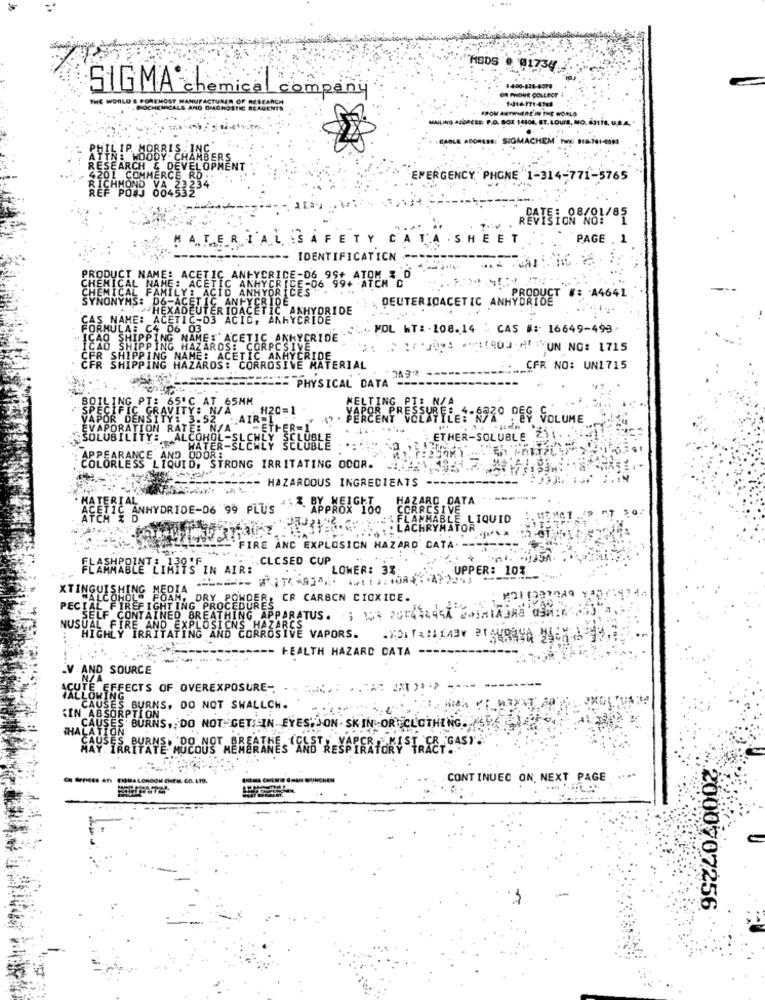
MSDS 0 01734
SIGMA chemical company
DA PHONE COLLECT
ACTURES OF RESEARCH
1-416-771 4141
STIE REAGENTS
FROM ANYWHERE IN THE WORLD
MAILING ADDRESS: P.O. BOX 15106. ST. LOUIS, MO. éstit, U.S.A."
conESS: SIGMACHEM' no Haier-4M
MOODY. CHAMBERS
EARCH & DEVELOPMENT
I COMMERCE
EMERGENCY PHONE 1-314-771-5765
HMOND
ʼõô
RESTE: 08/01/85
MATERIAL
AF
TY
. SHEET
PAGE . 1
IDENTIFICATICN --
PRODUCT NAME: ACETIC ANFYCRIDE-06 99
E-06,9St
CHEMICAL NAME: ACETIC ANHYCRICE-06 9
CHEMICAL FAMILY: ACID ANHYDRICES
NAH
ACID ANI
C ANHY
SYNONYMS: D6-ACETIC ANFYCRIDE
DEUTERIOACETIC ANHYDRIDE
PRODUCT #: - A4641
STIC. ANTYER
TER IDA
iČ A
DRIDE
CAS NAME: ACETIC-D3 ACID, ANHYDRIDE
FORMULA: C4 06 03
MOL WT: 108.14 : CAS #: 16649-493
AME :" ACETIC
NKYCRIDE
ICAO SHIPPING HAZARDS: CORPOSIVE
REJON ATIROUHUN NO: 1715
CER SHE
SHI
ME: ACETIC
PING
AZARDS: CORROSIVE MATERIAL
._ CFR NO: UN1715
PHYSICAL DATA
T: 65 ℃ AT 65NM
MELTING PTE
ÇİFIC GRAVITY:
Y: N/A
H20=1
OR P
POR DENS
3.52
: AIR
PERCENT
ATILE :- 49ZO DES SOLUME
APORATIO
OLUBIL
İTY ...
„ÜBLE
ETHER-SOLUBLE
BESLEMEY SE
APPEARANCE AND ODORE
COLORLESS LIQUID, STRONG IRRITATING OCOR.
HAZARDOUS INGREDIENTS
ZARD DATA
AGENIC ANHYDRIDE-06 99 PLUS
APPROX 100
LIQUID
LACHRYMATOR
- FIRE ANC EXPLOSION HAZARD CATA. ---
E :. CLOSED CUP
FLAMMABLE LIMITS IN AIR:
LOWER: 37
UPPER: 10%
XTINGUISHING MEDIA
CR CARBON CIOXIDE.
PECIAL FIREFIGHTING PROCEDURE
SELF CONTAINED BREATHING AF
PARATUS. .; 104 2U1448
NUSUAL FIRE AND EXPLOSIONS HAZARCS
HIGHLY IRRITATING AND CORROSIVE VAPORS.
HEALTH HAZARD DATA
.V AND SOURCE
UTE EFFECTS OF OVEREXPOSURE -.
IALLOWING
CAUSES
BURNS, DO NOT SHALLCH.
CIN ABSORPTION
CAUSES BU
CAUS
$ BURNS, DO NOT GET LIN EYES.JON . SKIN -OR CLOTHING PARA
HALATION
MAY IRRITATE MUCOUS HERORINES AND RESPIRATORY STREETGASY .
CONTINUEC ON, NEXT PAGE
2000707256